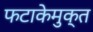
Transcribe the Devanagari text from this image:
फटाकेमुक्त